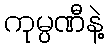
ကုမ္ပဏီနဲ့